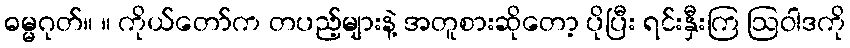
ဓမ္မဂုတ်။ ။ ကိုယ်တော်က တပည့်များနဲ့ အတူစားဆိုတော့ ပိုပြီး ရင်းနှီးကြ ဩဝါဒကို